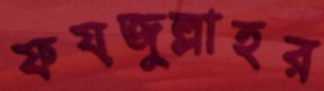
ফয়জুল্লাহর